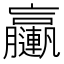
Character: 𨏩